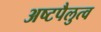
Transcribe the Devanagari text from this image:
अष्टपैलुत्व